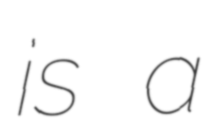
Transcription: is a